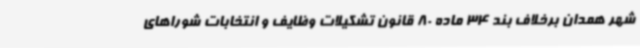
شهر همدان برخلاف بند 34 ماده 80 قانون تشکیلات وظایف و انتخابات شوراهای